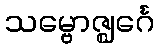
သမ္ဗောဇ္ဈင်္ဂေ